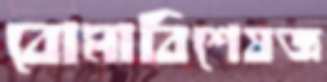
বোমাবিশেষজ্ঞ